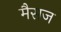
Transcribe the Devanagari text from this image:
मैसज